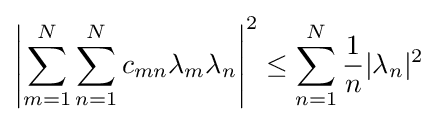
\left|\sum _{m=1}^{N}\sum _{n=1}^{N}c_{mn}\lambda _{m}\lambda _{n}\right|^{2}\leq \sum _{n=1}^{N}{1 \over n}|\lambda _{n}|^{2}